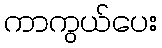
ကာကွယ်ပေး